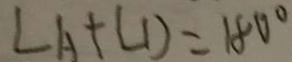
\angle A + \angle D = 1 8 0 ^ { \circ }